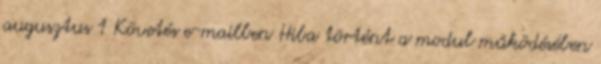
augusztus 1 Követés e-mailben Hiba történt a modul működésében